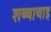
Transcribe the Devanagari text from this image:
शब्बाथाइ